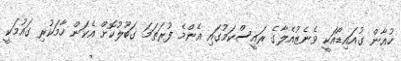
ހުއާން ގުއައިޑޯއަކީ ވެނެޒުއެލާގެ ރައީސްކަމުގައި އެންމެ ފުރަތަމަ ގަބޫލުކޮށް އެކަން ހާމަކުރި ގައުމަކީ